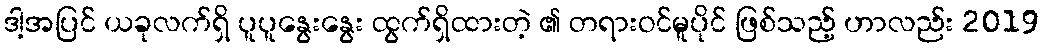
ဒါ့အပြင် ယခုလက်ရှိ ပူပူနွေးနွေး ထွက်ရှိထားတဲ့ ၏ တရားဝင်မူပိုင် ဖြစ်သည့် ဟာလည်း 2019